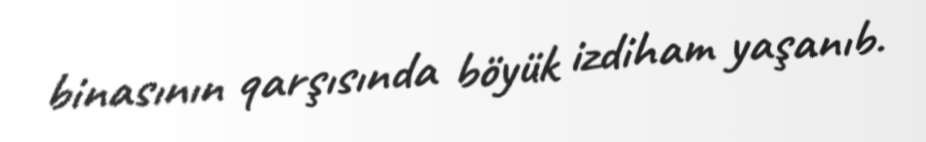
binasının qarşısında böyük izdiham yaşanıb.